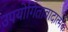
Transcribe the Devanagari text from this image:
उपयोगितावादात्मक